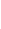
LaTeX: H\! \! \! \! \! \! \! \! \! \! \! \! (s\! \! \! \! \! \! \! \! \! \! \! \! ,t\! \! \! \! \! \! \! \! \! \! \! \! )\! \! \! \! \! \! \! \! \! \! \! \! =M\! \! \! \! \! \! \! \! \! \! \! \! (s\! \! \! \! \! \! \! \! \! \! \! \! )d\! \! \! \! \! \! \! \! \! \! \! \! \alpha\! \! \! \! \! \! \! \! \! \! \! \! (\! \! \! \! \! \! \! \! \! \! \! \! \theta\! \! \! \! \! \! \! \! \! \! \! \! (s\! \! \! \! \! \! \! \! \! \! \! \! \cdot\! \! \! \! \! \! \! \! \! \! \! \! t\! \! \! \! \! \! \! \! \! \! \! \! )\! \! \! \! \! \! \! \! \! \! \! \! )A\! \! \! \! \! \! \! \! \! \! \! \! (\! \! \! \! \! \! \! \! \! \! \! \! \theta\! \! \! \! \! \! \! \! \! \! \! \! (t\! \! \! \! \! \! \! \! \! \! \! \! )\! \! \! \! \! \! \! \! \! \! \! \! )\! \! \! \! \! \! \! \! \! \! \!